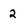
Character: 2